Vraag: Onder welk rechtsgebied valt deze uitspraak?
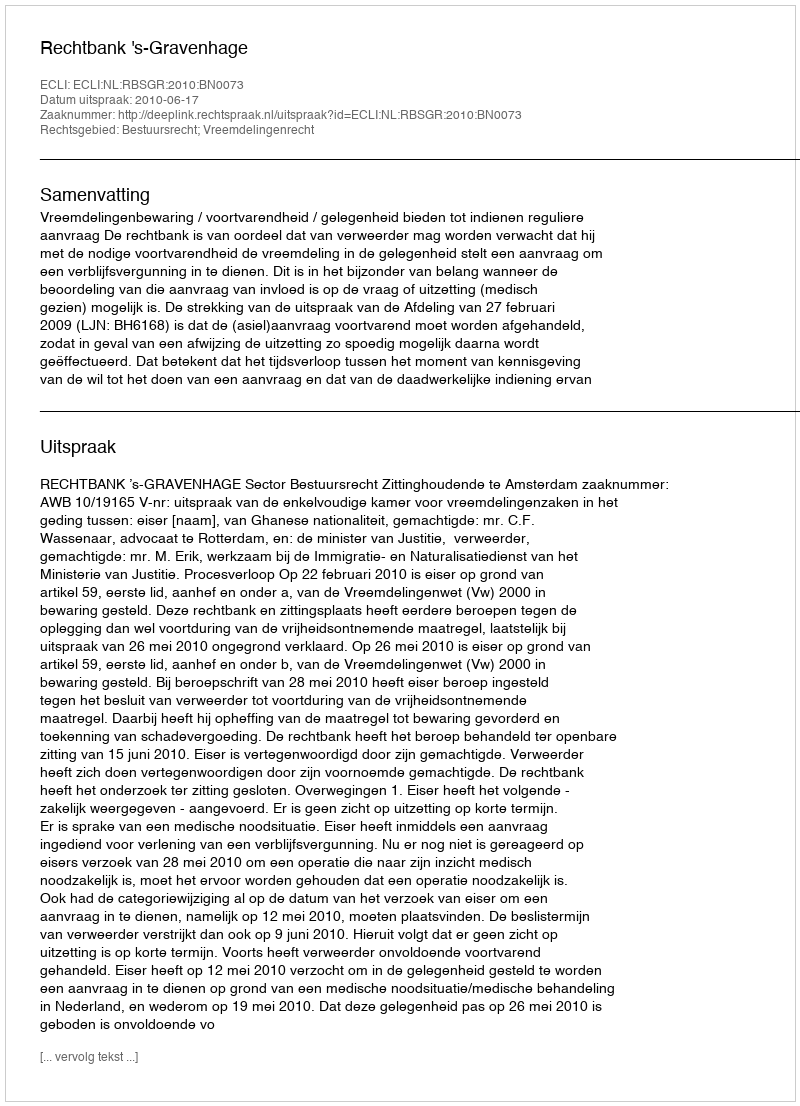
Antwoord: Bestuursrecht; Vreemdelingenrecht